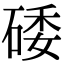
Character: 𥓔